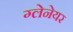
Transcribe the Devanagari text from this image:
ग्लेनेयर